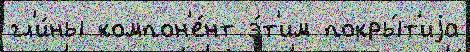
гл'и́ны компон'е́нт э́т'им покры́т'иjа